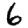
Digit: 6